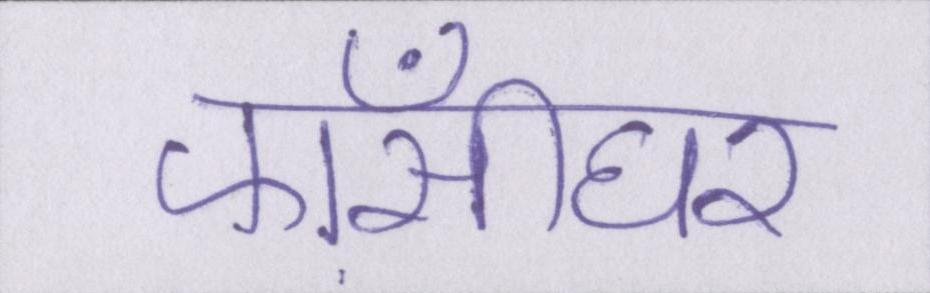
फाँसीघर